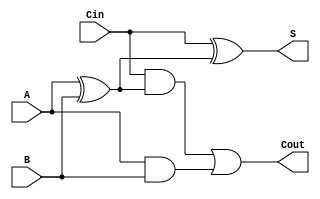
module one_bit_full_adder(A, B, Cin, S, Cout);
 input A, B, Cin;
 output S, Cout;

 assign S = Cin ^ (A ^ B);
 assign Cout = (Cin & (A ^ B)) || (A & B);

endmodule